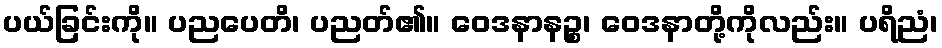
ပယ်ခြင်းကို။ ပညပေတိ၊ ပညတ်၏။ ဝေဒနာနဉ္စ၊ ဝေဒနာတို့ကိုလည်း။ ပရိညံ၊